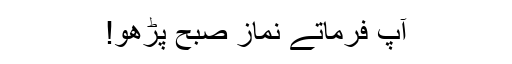
آپ فرماتے نماز صبح پڑھو!